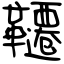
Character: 韆